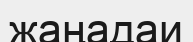
жаңадаи